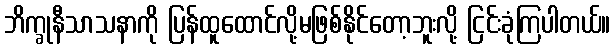
ဘိက္ခုနီသာသနာကို ပြန်ထူထောင်လို့မဖြစ်နိုင်တော့ဘူးလို့ ငြင်းခုံကြပါတယ်။